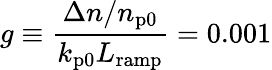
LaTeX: g\equiv\frac{\Delta n/n_{\mathrm{p0}}}{k_{\mathrm{p0}}L_{\mathrm{ramp}}}=0.001